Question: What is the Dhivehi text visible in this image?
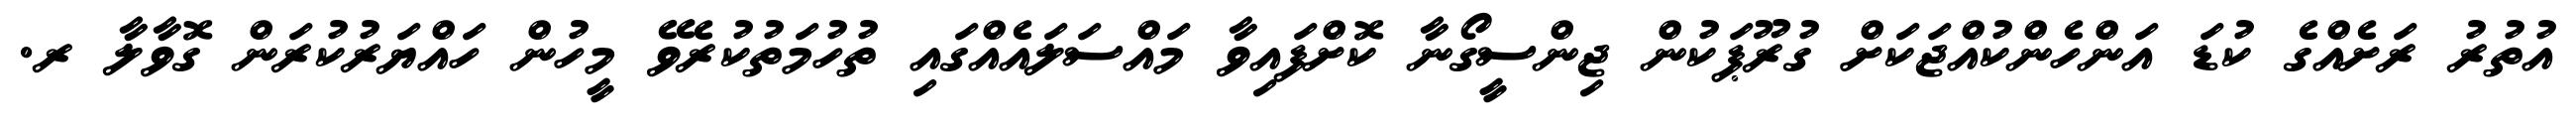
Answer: އުތުރު ރަށެއްގެ ކުޑަ އަންހެންކުއްޖަކަށް ގުރޫޕަކުން ޖިންސީގޯނާ ކޮށްފައިވާ މައްސަލައެއްގައި ތުހުމަތުކުރެވޭ މީހުން ހައްޔަރުކުރަން ގޮވާލާ ރ.